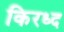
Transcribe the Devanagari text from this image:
किरध्द